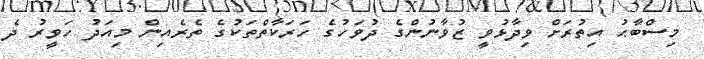
މިސްބާޙު އިތުރަށް ވިދާޅުވީ ޒުވާނުންގެ ދުވަހުގެ ހަރަކާތްތަކުގެ ތެރެއިން މިއަދު ހަވީރު ދެ